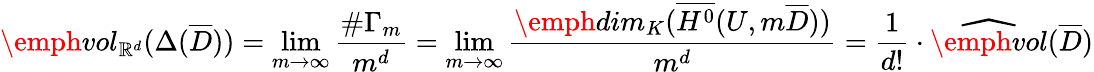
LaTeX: \emph{vol}_{\mathbb{R}^{d}}(\Delta(\overline{{D}}))=\operatorname*{lim}_{m\to\infty}\frac{\# \Gamma_{m}}{m^{d}}=\operatorname*{lim}_{m\to\infty}\frac{\emph{dim}_{K}(\overline{{H^{0}}}(U,m\overline{{D}}))}{m^{d}}=\frac{1}{d!}\cdot\widehat{\emph{vol}}(\overline{{D}})